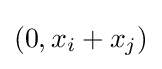
(0,x_{i}+x_{j})